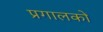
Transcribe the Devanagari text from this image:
प्रगालकों